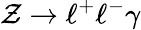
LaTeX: \mathcal{Z}\to\ell^{+}\ell^{-}\gamma